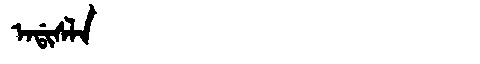
Manchu: ᠠᡩᡳᠰᠯᠠ
Romanization: ADISLA